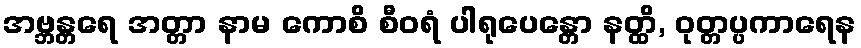
အဗ္ဘန္တရေ အတ္တာ နာမ ကောစိ စီဝရံ ပါရုပေန္တော နတ္ထိ, ဝုတ္တပ္ပကာရေန